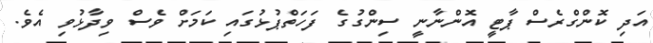
އަދި ކޮންގްރެސް ޕާޓީ އޮންނާނީ ސިންގުގެ ފަހަތްޕުޅުގައި ކަމަށް ވެސް ވިދާޅުވި އެވެ.